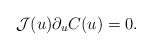
\begin{align*}\mathcal{J}(u) \partial_{u} C(u) =0.\end{align*}